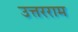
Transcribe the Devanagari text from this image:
उत्तरराम